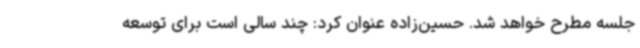
جلسه مطرح خواهد شد. حسین‌زاده عنوان کرد: چند سالی است برای توسعه